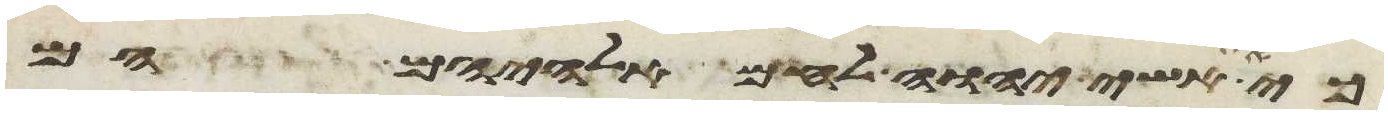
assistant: כי את אשי יהוה לחם אלהיהם הם